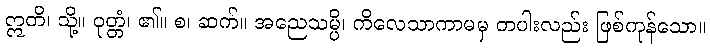
ဣတိ၊ သို့။ ဝုတ္တံ၊ ၏။ စ၊ ဆက်။ အညေသမ္ပိ၊ ကိလေသာကာမမှ တပါးလည်း ဖြစ်ကုန်သော။